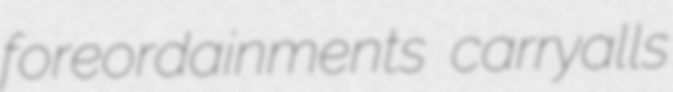
foreordainments carryalls